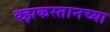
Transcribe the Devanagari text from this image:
क्झकस्तानच्या